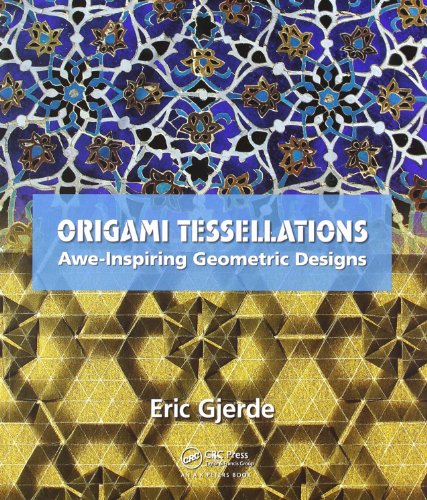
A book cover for Origami Tessellations: Awe-Inspiring Geometric Designs; Eric Gjerde; Humor & Entertainment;